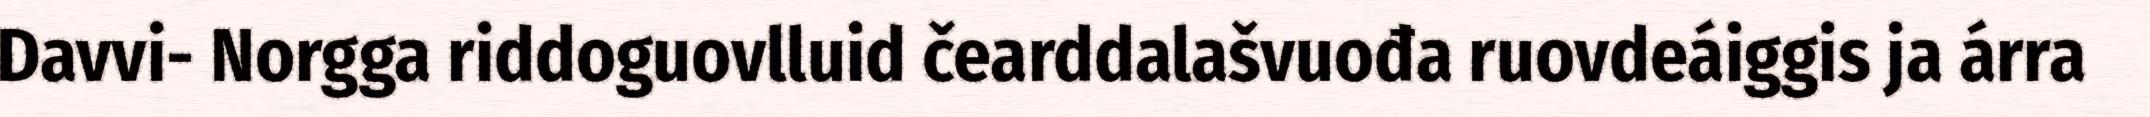
Davvi- Norgga riddoguovlluid čearddalašvuođa ruovdeáiggis ja árra